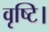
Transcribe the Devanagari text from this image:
वृष्टि।